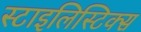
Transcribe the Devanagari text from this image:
स्टाइलिस्टिक्स